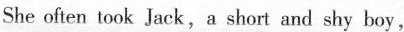
She often took Jack,a short and shy boy,